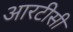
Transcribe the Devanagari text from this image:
आरटीसी